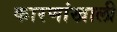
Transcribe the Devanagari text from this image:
कारणांखाली